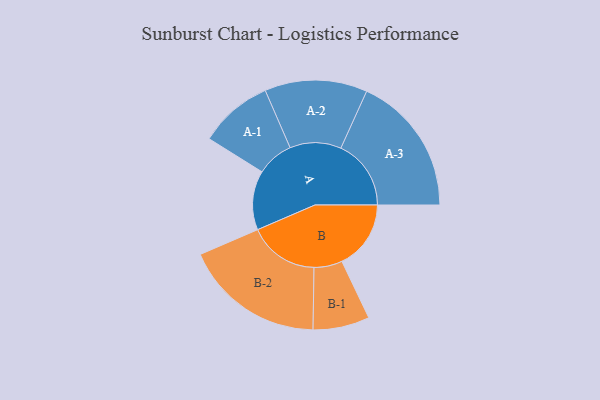
{"axis": {"x": "Segment", "y": "Value"}, "legend": ["", "A", "B"], "data": [{"x": "A", "y": 247, "type": ""}, {"x": "B", "y": 288, "type": ""}, {"x": "A-1", "y": 154, "type": "A"}, {"x": "A-2", "y": 214, "type": "A"}, {"x": "A-3", "y": 293, "type": "A"}, {"x": "B-1", "y": 118, "type": "B"}, {"x": "B-2", "y": 294, "type": "B"}]}